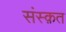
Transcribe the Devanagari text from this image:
संस्‍क़त